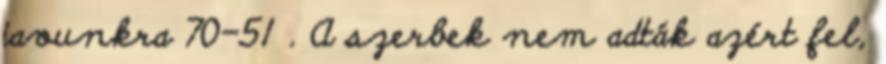
javunkra 70-51 . A szerbek nem adták azért fel,